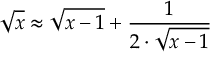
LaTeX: { \sqrt { x } } \approx { \sqrt { x - 1 } } + { \frac { 1 } { 2 \cdot { \sqrt { x - 1 } } } }